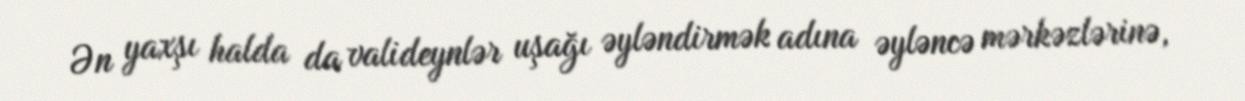
Ən yaxşı halda da valideynlər uşağı əyləndirmək adına əyləncə mərkəzlərinə,